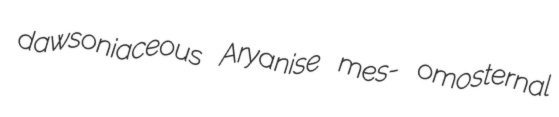
dawsoniaceous Aryanise mes- omosternal